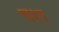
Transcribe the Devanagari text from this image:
चश्त